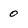
Character: 0